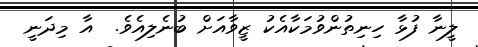
ލީނާ ފުޅާ ހިނިތުންވުމަކާއެކު ޒީވާއަށް ބުނެލިއެވެ.  އާ މިދަނީ